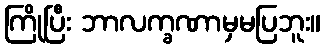
ကြိုပြီး ဘာလက္ခဏာမှမပြဘူး။